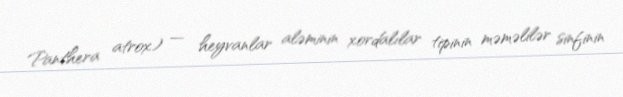
Panthera atrox) — heyvanlar aləminin xordalılar tipinin məməlilər sinfinin